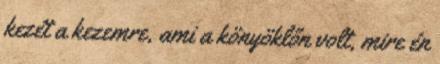
kezét a kezemre, ami a könyöklőn volt, mire én